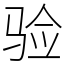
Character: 验